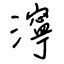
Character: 濘